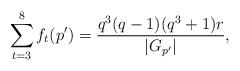
LaTeX: \begin{align*} \sum_{t=3}^{8}f_t(p')=\frac{q^3(q-1)(q^3+1)r}{|G_{p'}|},\end{align*}